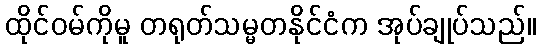
ထိုင်ဝမ်ကိုမူ တရုတ်သမ္မတနိုင်ငံက အုပ်ချုပ်သည်။